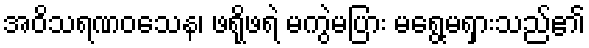
အဝိသရဏဝသေန၊ ဖရိုဖရဲ မကွဲမပြား မရွေ့မရှားသည်၏